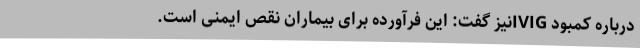
درباره کمبود IVIGنیز گفت: این فرآورده برای بیماران نقص ایمنی است.